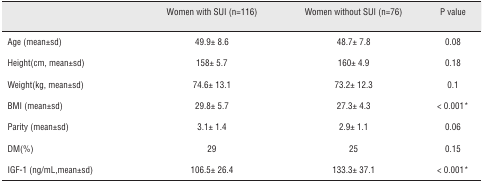
<table><thead><tr><td></td><td><b>Women with SUI (n=116)</b></td><td><b>Women without SUI (n=76)</b></td><td><b>P value</b></td></tr></thead><tbody><tr><td>Age (mean±sd)</td><td>49.9 ± 8.6</td><td>48.7 ± 7.8</td><td>0.08</td></tr><tr><td>Height(cm, mean±sd)</td><td>158 ± 5.7</td><td>160 ± 4.9</td><td>0.18</td></tr><tr><td>Weight(kg, mean±sd)</td><td>74.6 ± 13.1</td><td>73.2 ± 12.3</td><td>0.1</td></tr><tr><td>BMI (mean±sd)</td><td>29.8 ± 5.7</td><td>27.3 ± 4.3</td><td>&lt; 0.001*</td></tr><tr><td>Parity (mean±sd)</td><td>3.1 ± 1.4</td><td>2.9 ± 1.1</td><td>0.06</td></tr><tr><td>DM(%)</td><td>29</td><td>25</td><td>0.15</td></tr><tr><td>IGF-1 (ng/mL, mean±sd)</td><td>106.5 ± 26.4</td><td>133.3 ± 37.1</td><td>&lt; 0.001*</td></tr></tbody></table>